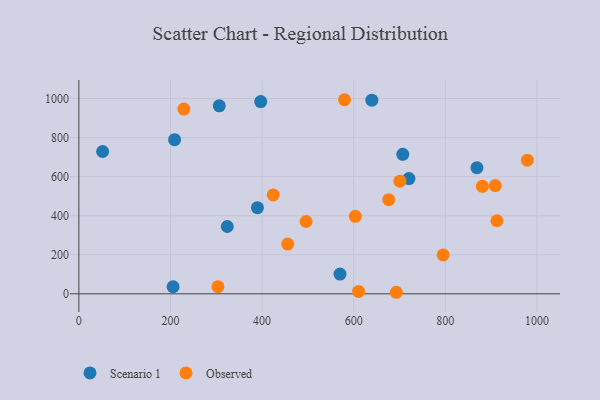
{"axis": {"x": "Experience", "y": "Profit"}, "legend": ["Observed", "Scenario 1"], "data": [{"x": "869.0", "y": 645.3, "type": "Scenario 1"}, {"x": "397.0", "y": 984.3, "type": "Scenario 1"}, {"x": "707.1", "y": 714.1, "type": "Scenario 1"}, {"x": "389.9", "y": 441.0, "type": "Scenario 1"}, {"x": "306.5", "y": 962.6, "type": "Scenario 1"}, {"x": "570.1", "y": 101.2, "type": "Scenario 1"}, {"x": "720.5", "y": 589.8, "type": "Scenario 1"}, {"x": "51.9", "y": 728.6, "type": "Scenario 1"}, {"x": "639.6", "y": 991.2, "type": "Scenario 1"}, {"x": "205.7", "y": 36.1, "type": "Scenario 1"}, {"x": "209.0", "y": 789.4, "type": "Scenario 1"}, {"x": "324.0", "y": 344.6, "type": "Scenario 1"}, {"x": "229.2", "y": 945.9, "type": "Observed"}, {"x": "676.4", "y": 482.0, "type": "Observed"}, {"x": "979.1", "y": 684.1, "type": "Observed"}, {"x": "880.9", "y": 550.4, "type": "Observed"}, {"x": "579.9", "y": 993.7, "type": "Observed"}, {"x": "610.6", "y": 12.3, "type": "Observed"}, {"x": "496.1", "y": 370.3, "type": "Observed"}, {"x": "700.8", "y": 576.8, "type": "Observed"}, {"x": "912.7", "y": 374.1, "type": "Observed"}, {"x": "909.1", "y": 554.3, "type": "Observed"}, {"x": "603.5", "y": 396.8, "type": "Observed"}, {"x": "795.2", "y": 198.8, "type": "Observed"}, {"x": "303.5", "y": 36.5, "type": "Observed"}, {"x": "693.0", "y": 7.8, "type": "Observed"}, {"x": "455.9", "y": 254.7, "type": "Observed"}, {"x": "424.3", "y": 506.0, "type": "Observed"}]}